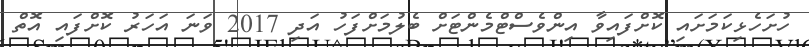
ހުށަހެޅިކަމަށައި ކޮށްފައިވާ އިންވެސްޓްމެންޓަށް ބެލުމަށްފަހު އަދި 2017 ވަނަ އަހަރު ކޮށްފައި އޮތް